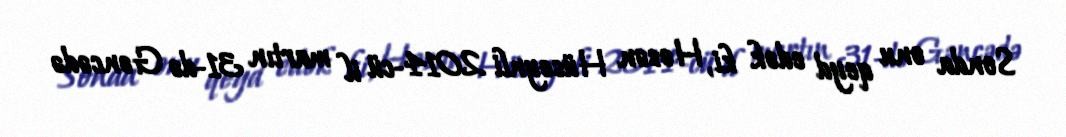
Sonda onu qeyd edək ki, Həsən Hüseynli 2014-cü il martın 31-də Gəncədə